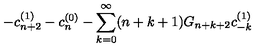
- c _ { n + 2 } ^ { ( 1 ) } - c _ { n } ^ { ( 0 ) } - \sum _ { k = 0 } ^ { \infty } ( n + k + 1 ) G _ { n + k + 2 } c _ { - k } ^ { ( 1 ) }